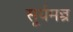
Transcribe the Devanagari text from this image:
सूर्यमन्त्र